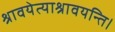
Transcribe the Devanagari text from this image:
श्रावयेत्याश्रावयन्ति।